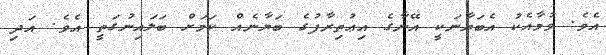
އެވެ. ވުމާއެކު އެބަޔާނަކީ އޭނާގެ އިޢުތިރާފުގެ ބަޔާނެއް ކަމަށް ބަލައިނުގަތީ އެވެ. އަދި